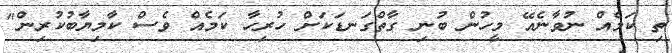
ތި ކަމެއް ނުވާނެއޭ މީހުން ބުނި ގާތްގަނޑަކަށް ހުރިހާ ކަމެއް ވެސް ކާމިޔާބުކުރިން"